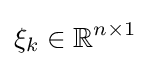
\xi _{k}\in \mathbb {R} ^{n\times 1}